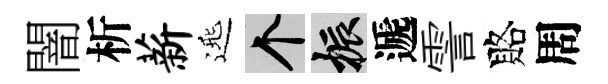
闇析薪𨓱个振遞霅賂周